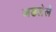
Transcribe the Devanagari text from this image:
जडलेले